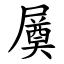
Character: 㞟